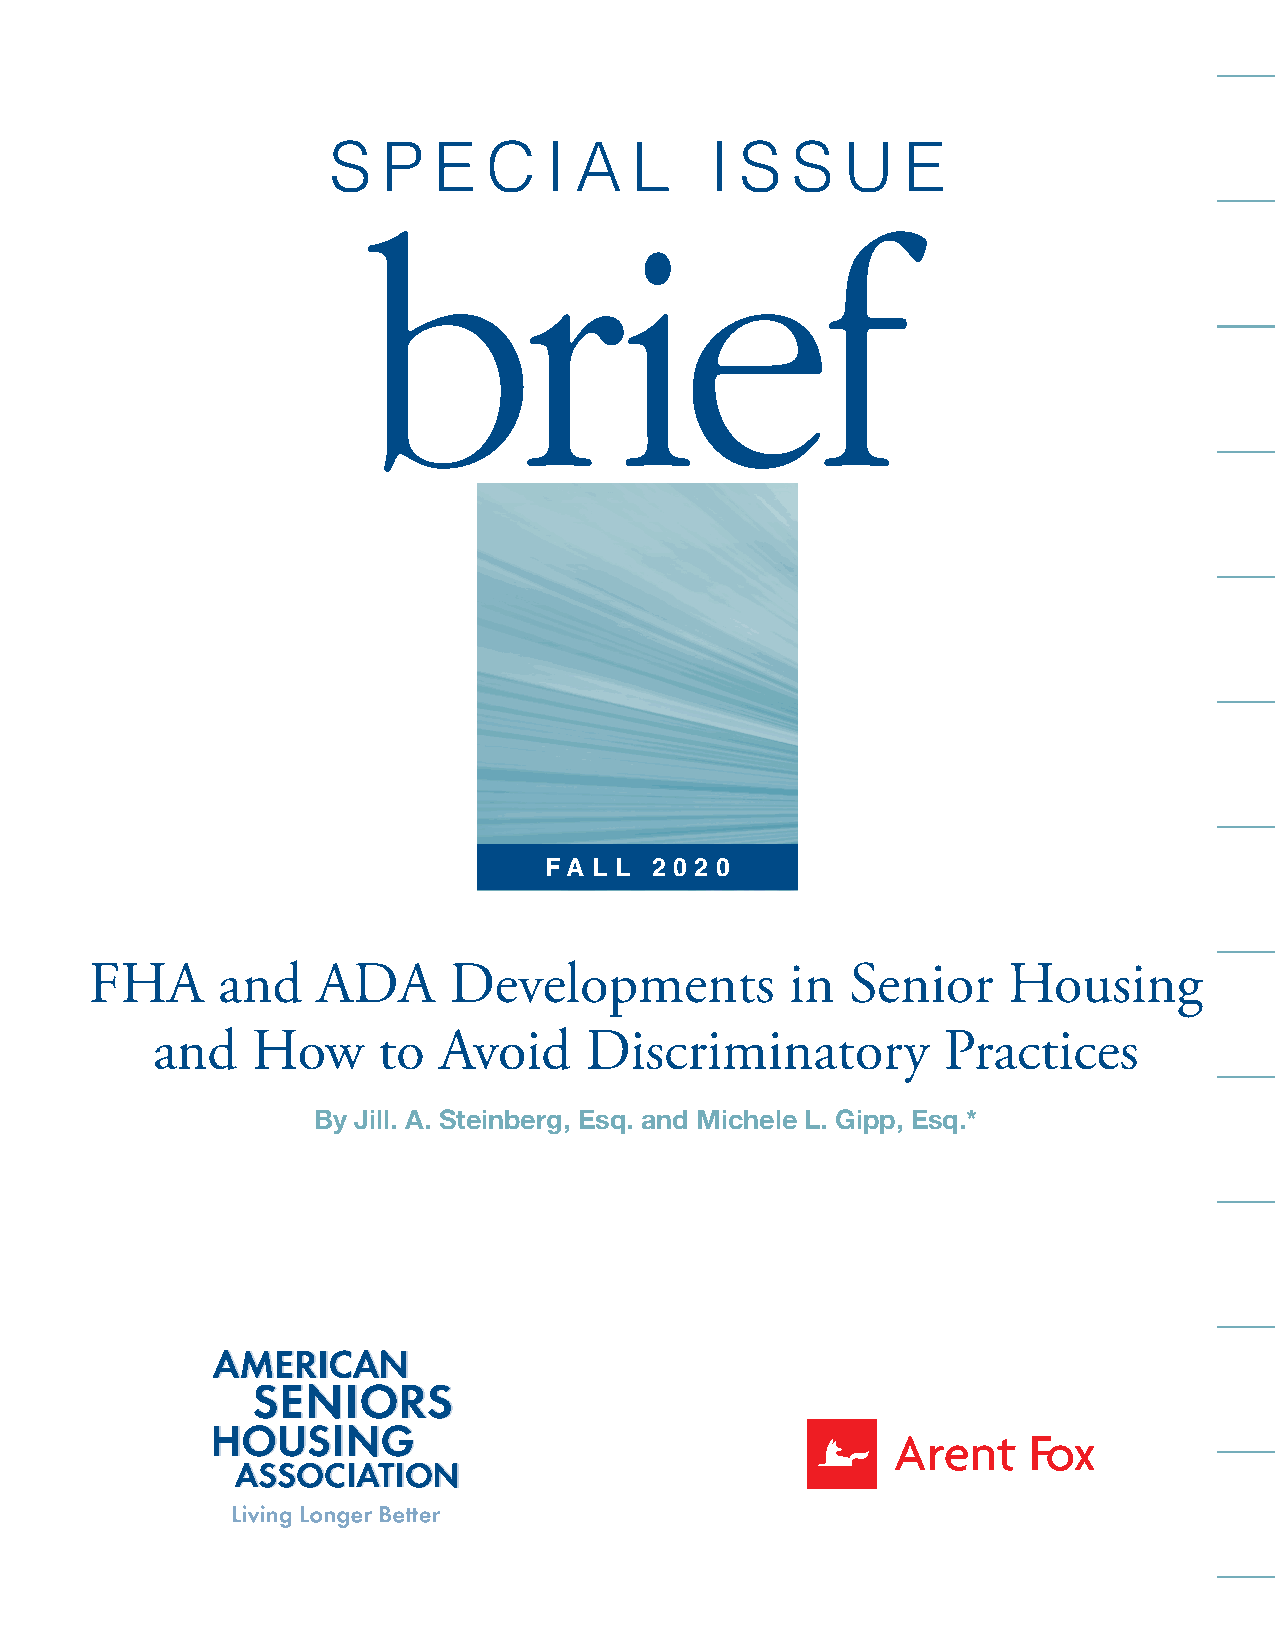
S  P   E  C   I A   L    I S  S   U   E
 brief
 FA L L 2 0 2 0
 FHA     and    ADA      Developments          in  Senior     Housing
 and    How     to  Avoid     Discriminatory         Practices
 By Jill. A. Steinberg, Esq. and Michele L. Gipp, Esq.*